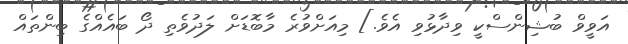
އަވީވް ބުޝިންސްކީ ވިދާޅުވި އެވެ.] މިއަށްވުރެ މާބޮޑަށް ލަދުވެތި ދޯ ބައެއްގެ ބިންތައް